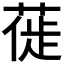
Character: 𫈾